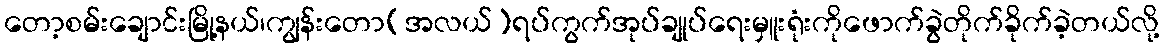
တော့စမ်းချောင်းမြို့နယ်၊ကျွန်းတော(အလယ်)ရပ်ကွက်အုပ်ချုပ်ရေးမှူးရုံးကိုဖောက်ခွဲတိုက်ခိုက်ခဲ့တယ်လို့